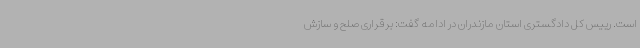
است. رییس کل دادگستری استان مازندران در ادامه گفت: برقراری صلح و سازش